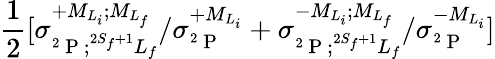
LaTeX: \frac{1}{2}\lbrack{\sigma}_{^2\mathrm{~P~};^{2S_{f}+1}L_{f}}^{+{M}_{{L}_{i}};{M}_{{L}_{f}}}/{\sigma}_{^2\mathrm{~P~}}^{+{M}_{{L}_{i}}}+{\sigma}_{^2\mathrm{~P~};^{2S_{f}+1}L_{f}}^{-{M}_{{L}_{i}};{M}_{{L}_{f}}}/{\sigma}_{^2\mathrm{~P~}}^{-{M}_{{L}_{i}}}\rbrack